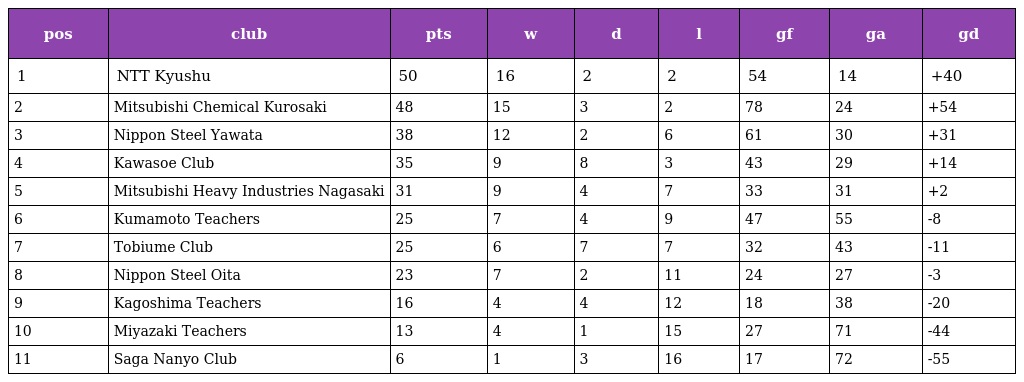
| pos | club | pts | w | d | l | gf | ga | gd |
 | --- | --- | --- | --- | --- | --- | --- | --- | --- |
 | 1 | NTT Kyushu | 50 | 16 | 2 | 2 | 54 | 14 | +40 |
 | 2 | Mitsubishi Chemical Kurosaki | 48 | 15 | 3 | 2 | 78 | 24 | +54 |
 | 3 | Nippon Steel Yawata | 38 | 12 | 2 | 6 | 61 | 30 | +31 |
 | 4 | Kawasoe Club | 35 | 9 | 8 | 3 | 43 | 29 | +14 |
 | 5 | Mitsubishi Heavy Industries Nagasaki | 31 | 9 | 4 | 7 | 33 | 31 | +2 |
 | 6 | Kumamoto Teachers | 25 | 7 | 4 | 9 | 47 | 55 | -8 |
 | 7 | Tobiume Club | 25 | 6 | 7 | 7 | 32 | 43 | -11 |
 | 8 | Nippon Steel Oita | 23 | 7 | 2 | 11 | 24 | 27 | -3 |
 | 9 | Kagoshima Teachers | 16 | 4 | 4 | 12 | 18 | 38 | -20 |
 | 10 | Miyazaki Teachers | 13 | 4 | 1 | 15 | 27 | 71 | -44 |
 | 11 | Saga Nanyo Club | 6 | 1 | 3 | 16 | 17 | 72 | -55 |